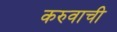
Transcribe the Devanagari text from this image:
करुवाची